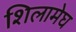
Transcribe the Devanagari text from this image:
शिलामेघ